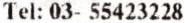
TEL: 03- 55423228